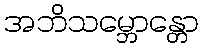
အဘိသမ္ဘောန္တော